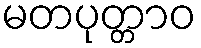
မတပုတ္တာဝ